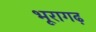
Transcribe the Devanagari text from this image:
भूरागढ़